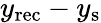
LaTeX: y_{\mathrm{{rec}}}-y_{\mathrm{{s}}}